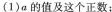
(1)a的值及这个正数；